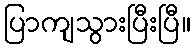
ပြာကျသွားပြီးပြီ။